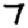
Digit: 7